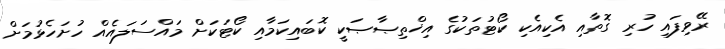
ރޭވިފައި ހުރި ގޮތާއި އެކިއެކި ކޯޓުތަކުގެ އިޚްތިޞާޞަކީ ކޮބައިކަމާއި ކޯޓަކަށް މައްސަލައެއް ހުށަހެޅުމަށް